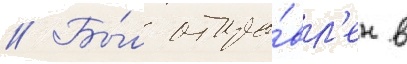
// Бы́л отпра́вл'ен в